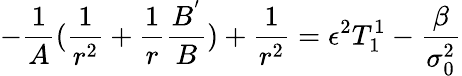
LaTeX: -\frac{1}{A}(\frac{1}{r^{2}}+\frac{1}{r}\frac{B^{'}}{B})+\frac{1}{r^{2}}=\epsilon^{2}T_{1}^{1}-\frac{\beta}{\sigma_{0}^{2}}